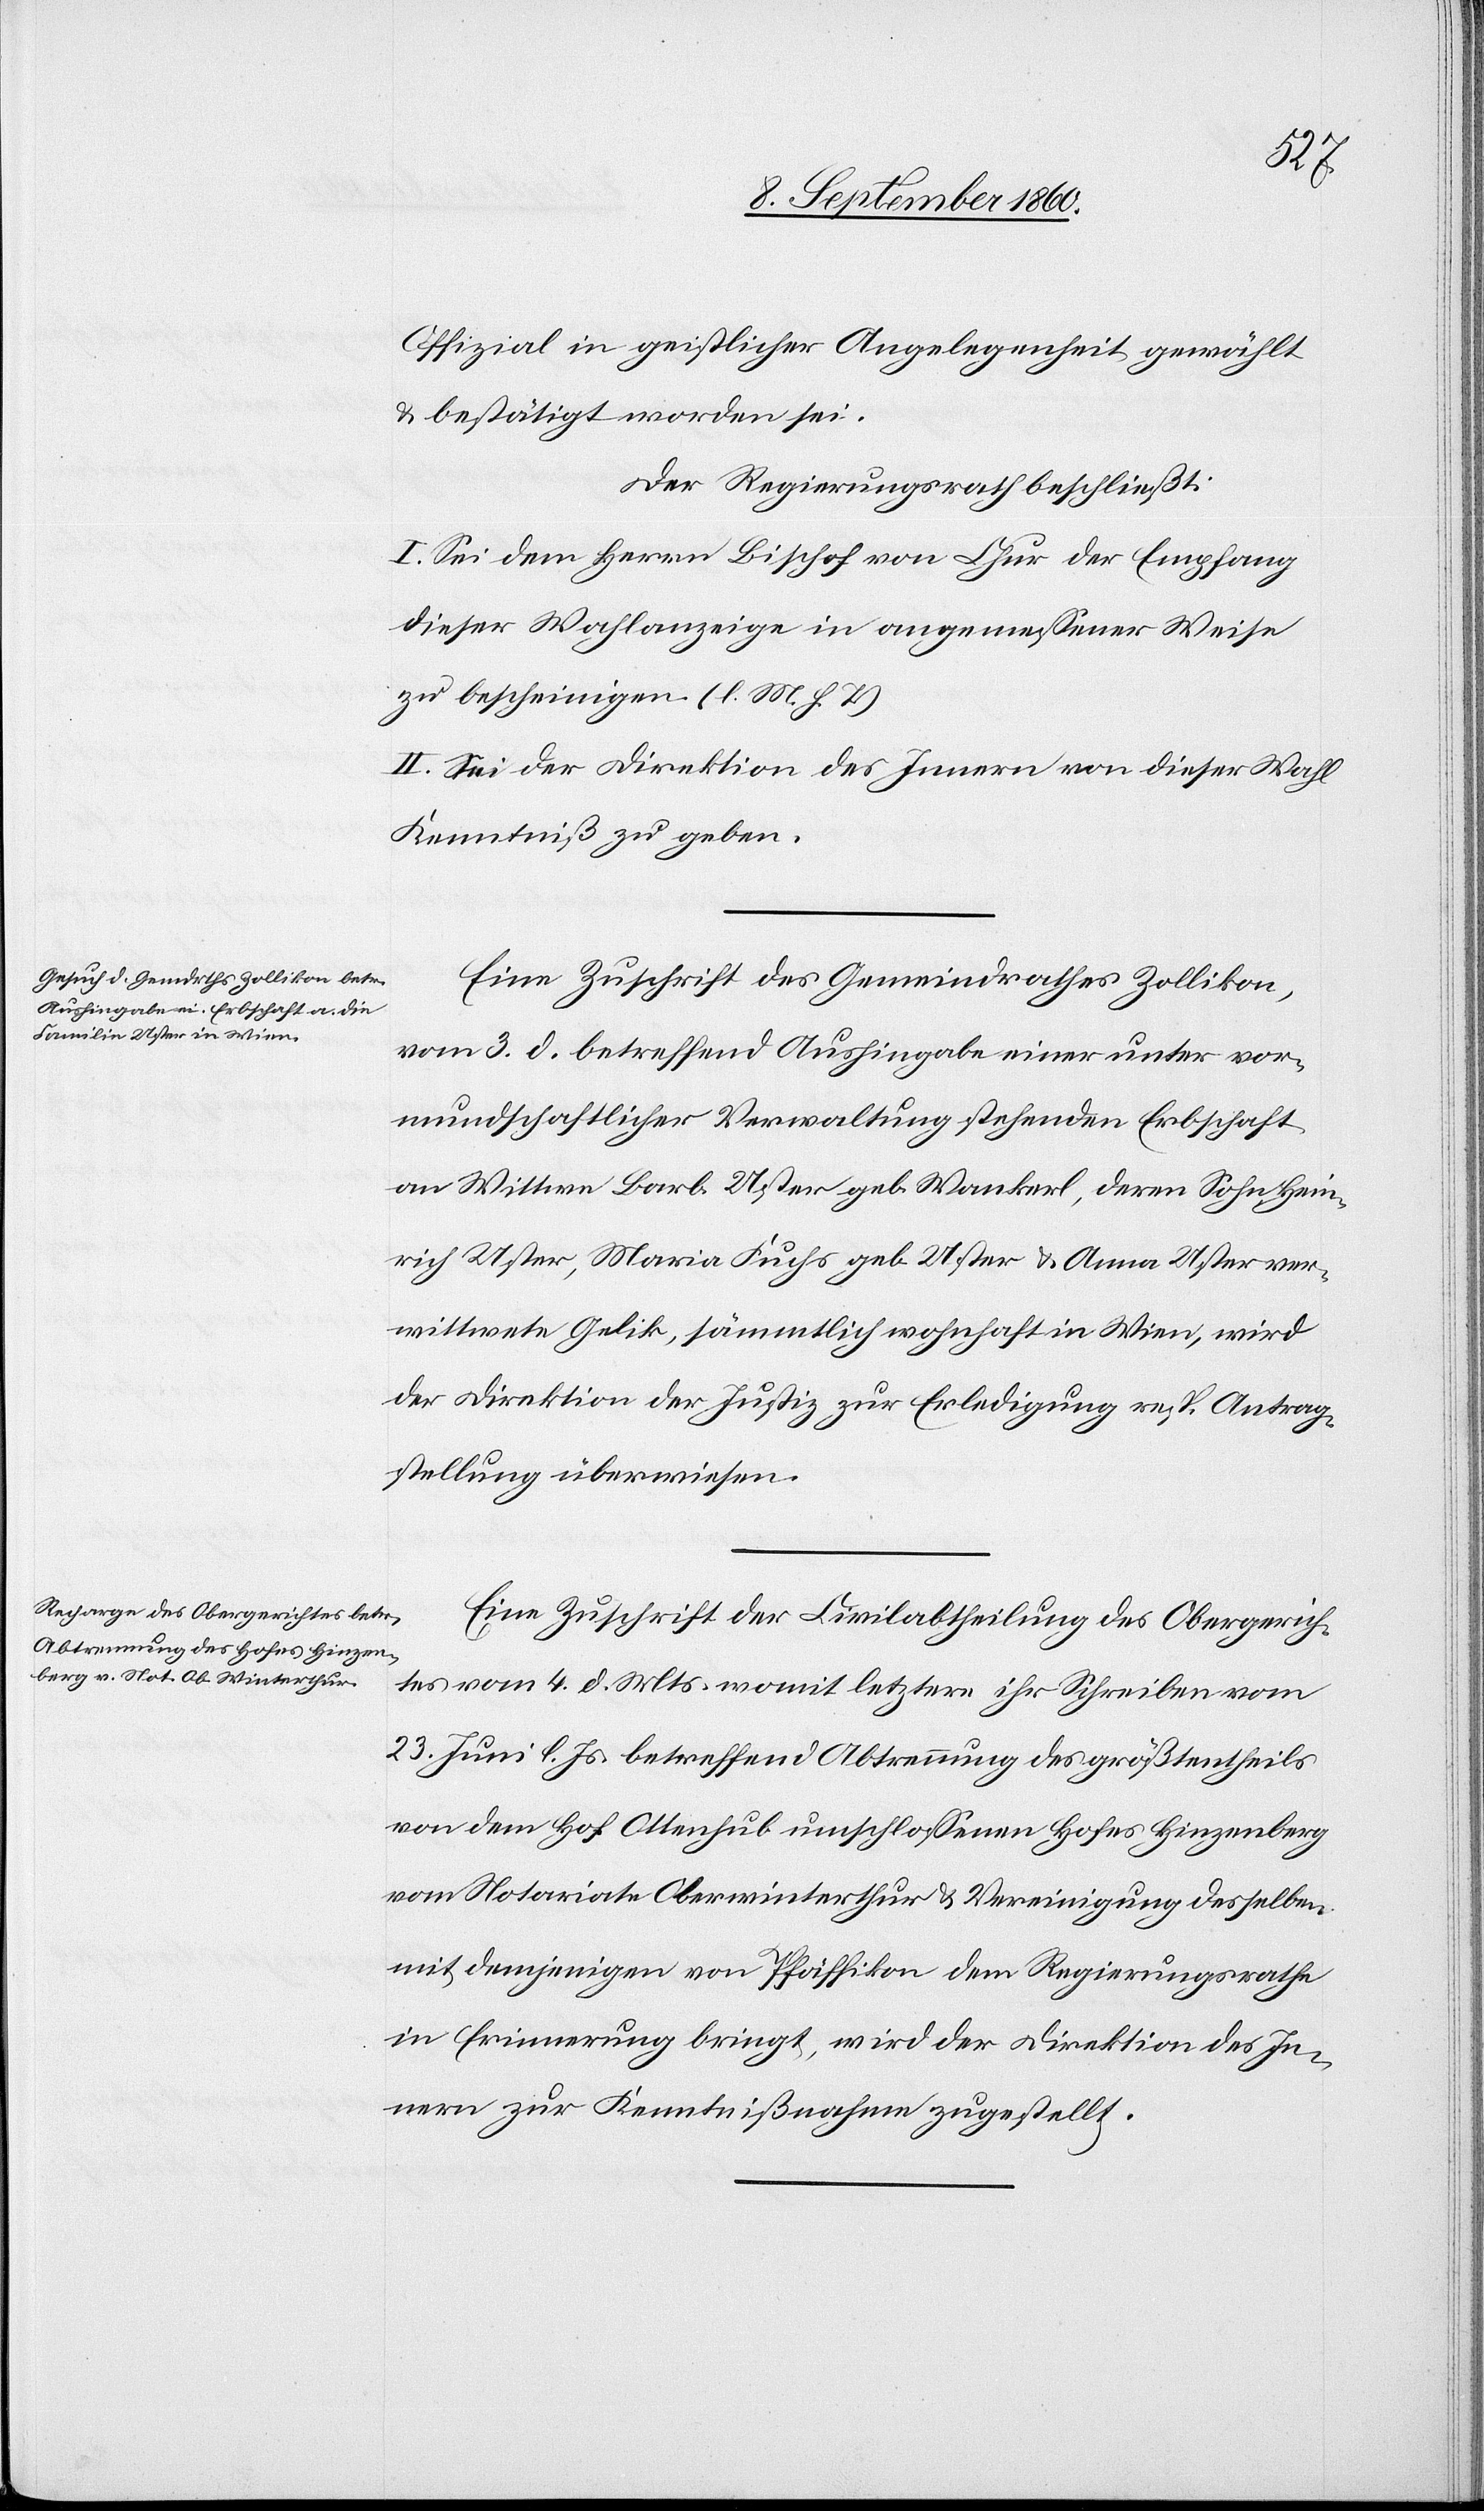
Offizial in geistlicher Angelegenheit gewählt
u. bestätigt worden sei.
Der Regierungsrath beschliesst:
I. Sei dem Herrn Bischof von Chur der Empfang
dieser Wahlanzeige in angemessener Weise
zu bescheinigen. (l. M. h. T).
II. Sei der Direktion des Innern von dieser Wahl
Kenntniss zu geben.
Eine Zuschrift des Gemeindrathes Zollikon
vom 3. d. Mts. betreffend Aushingabe einer unter vor¬
mundschaftlicher Verwaltung stehenden Erbschaft
an Wittwe Barb. Uster geb. Wankerl, deren Sohn Hein¬
rich Uster, Maria Fuchs geb. Uster u. Anna Uster ver¬
wittwete Gelik, sämmtlich wohnhaft in Wien, wird
der Direktion der Justiz zur Erledigung resp. Antrag¬
stellung überwiesen.
Eine Zuschrift der Civilabtheilung des Obergerich¬
tes vom 4. d. Mts, womit letztere ihr Schreiben vom
23. Juni d. Js. betreffend Abtrennung des grösstentheils
von dem Hof Ottenhub umschlossenen Hofes Hinzenberg
vom Notariate Oberwinterthur u. Vereinigung desselben
mit demjenigen von Pfäffikon dem Regierungsrathe
in Erinnerung bringt, wird der Direktion des In¬
nern zur Kenntnissnahme zugestellt.